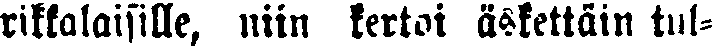
rikkalaisille, niin kertoi äskettäin tul-